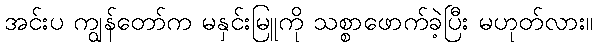
အင်းပ ကျွန်တော်က မနှင်းမြူကို သစ္စာဖောက်ခဲ့ပြီး မဟုတ်လား။